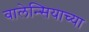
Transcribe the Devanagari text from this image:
वालेन्सियाच्या